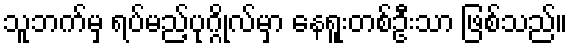
သူဘက်မှ ရပ်မည့်ပုဂ္ဂိုလ်မှာ နေရူးတစ်ဦးသာ ဖြစ်သည်။